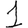
Digit: 1